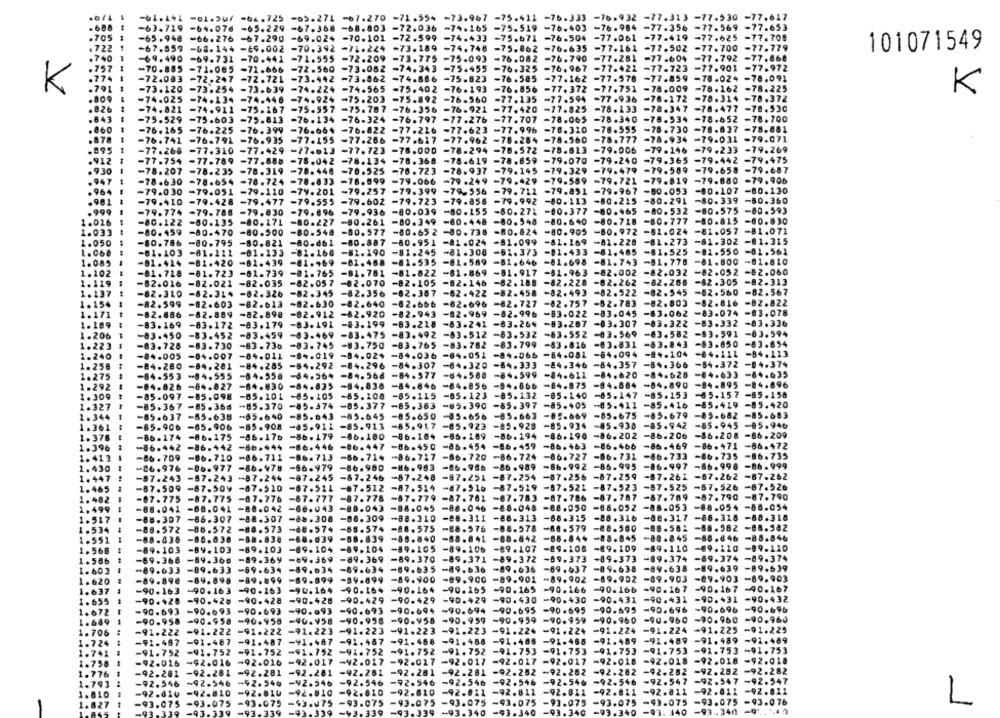
-01.207 -66,725 -65.271 -67.270 -71.554 -73.967 -75.411 -76.333 -76.932 -77.313 -77.530 -77.617
688
-63.719 -64.076 -65.229
63.71
-67.368 -68.803 -72.036 -74.165 -75.519 -76.403
-76.984 -77.356 -77.569 -77.653
.705
-70.101 -72.599
-77.061 -77.419
-77.708
=66.276 -67.290
=69.024
-74.433
-75.671 -76.504
-77.625
1722
-67.859 -68.144 -69.002
-70.392
-73.189
-74.748 -75.862 -76.635
-77.161 -77.502
-77.700
-77.779
101071549
740
-69.731 -70.441
=77.281 -77.604
-77.792 -77.860
.757
-70.885
-71.085 -71.666
-72.560
-73.082 -74.343
-75.455 -76.325 -76.967 -77.421 -77.723 -77.901
-77.972
-72.083
-72.247 -72.721
-73.442 -73.862
-74.886 -75.623
-76.585 -77.162
-77.578
-77.859
-78.024
-78.091
79
-78.225
K
-73.120
-73.254
-73.639
-74.224 -74.565
-75.402 -76.193
-76.856 -77.372
-77.751 -78.009
-78.162
K
-74.025
-74.134 -74.446
-74.924 -75.203
-75.892 -76-560
-77.135 -77.594
-77.936
-76.172
-70.314 -78.372
-74.821
-74.911
-75.557 -75.707
-76.921 -77.420
-77.825
-78.133
-78.347
-78.477
-70.530
-75.167
-76.356
.843
-75.529
-75.603
-75.813
-76.134 -76-324
-76.797
-77.276 -77.707 -78.065
-78.340 -76.534
-78.652
-78.700
.860
-76.165
-76.225
-76.399
-76.664 -76.822
-77.216
-77.623 -77.996 -78.310
-78.555
-78.730 -76-637
-78.881
-79.071
.878
-76.741
-76.791
-76.935
-77.155 -77.266
-77.627
-77.962 -78.284 -78.560
-78.777
-78.934
-79-031
-77.266 -77.310 -77.429 -77.613
-77.723
-78.000
-78-294 -76.572 -78.613
-79.006
=79.146 -79.233
-79.269
.912
-77.754
-77.789 -77.888
-78.042 -78.134
-78.368
-78.619
-78.859
-79.070
-79-240
-79.365
-79.442
-79.475
.930
-78.207
-78.235
-78.319
-78.446
-76.525
-78.723
-78.937
-79.145
-79.329
-79.479
-79.599
-79.658 -79.687
947
-78.833
-76.999
=79.066
-79.429 -79.589
-79.721
-79.819
=79.880
-79.906
-78.630
-78.654
-78.724
=79 .249
. 964
-79.030
-79.051 -79.110
-74.201
~79.257
=79.399
-79-556 -79. 712 -79.851
-79.967
-60.053
-80.107
-80.130
.901
-79.410
-79.428
-79.477
-79.555
-79.602
-79.723
=79.858
-79.992 -80.113
-80.215
-80.291
-80.339
-80.360
-80.575
-80.593
.999
-79.774
-79.786
=79.830
-79.896
-79.936
-80.039
-80.155 -80.271 -80.377
-80.465
-80.532
1.026
-80.135
-80.227
-60.261
-80.349
-80.448
-80.548
-80.640
-80.718
-80.777
-80.815
-80.830
-81.057
-81.071
1.033
-80.459
-80.470
.500
-80.577
-80.65 2
-80.738 -80.824
-80.905
-80.972 -81.024
1.050
-80.786
-80.795
.db 1
-80.887
-60.951
-60.951
-81 .024
-81.099
-81.169
+81.228
-81.273
-81.302
-81.315
1. 068
-81.103 -81.121 -81.133 -82.168 -82.190
-81.111
-B1.133
-82.190
-81-245
-81-245
-81.300
-61.373
-01.433
-61.485
-81.525
-81.561
1.085
-81.424
-01.424
-61.420
469
-81.468
-81.535
-81.535
-81.589
-81.646
-81.698
-81.743
-81.778
-81.800
-81.810
1.102
-81.718 -81.723 -81.739
-81.765 -61.781
-81-622
-61.869 -81.917
-81.963
-82.002 -82.032
-82.052
-82.060
1.119
-82.016
-82.021 -82.035
-82.057
-82.070
-82.105
-82.146
-82.288
-82.225
-82.262
-82.305
-82.313
1.137
-82.310
-82.314 -82.326
-82.345
-82.356
-82.387
-62.422
-82.458
-82.493
-82.522
-82.545
-82.560
-82.567
-82.803
-82.816
-82.822
1.154
-82.599
-82.603
-82.613
-82.630
-82.640
-82.656
-82.696
-82.727
-82.757 -52.783
1.171
-82.886
-82.859 -82.898
-82.912
-62.920
-82.943
-82.969
-82.996
-83.022
-83.045
-83.062
-83.078
1.189
-83-199
-83.218
-63-241
-83.264
-83.287
-83.307
-83.322
-83.332
-83.326
-83. 169
-83.172
-83.179
-83.191
1.206
-83.450
-83.452
-83.459
-03-469
-83.475
-83.492
⑉83.512 -63.532
-83.552
-03.569 -63.582
-83.591
-83.594
1.223
-83.728
-83.730
-83.736
-83.745
-83.750
-83.765
-83.782
-83.799
-83.816
-83.831
-63.843
-83.850
-83.654
-54.113
1.240
-84.005
-84.007
-84.011
-84.019
-84.029
-84.036
-84.051 -84.066
-84.081
-64.094 -84.104
-84.111
1.258
-84.280
-84.281
-84.285
-84.292
-84.296
-84.296
-84.307
-84.307
-84.320 -84.333
-84.346
-84.357 -84.366
-84.372
-84.374
-64.958
-64.956
-84.568
-84.568
-84.577
-84.577
84.580 -84.599
-84.611
-84.620
-84.628
⑉84.633 -84.635
1.275
-64-553 -84.555
-84-553
-84.555
-84.826 -84.827
-84.826
-64.827
-84.830 -84.835
-84.836
-64.836
-84.846
84.856 -84.866 -84.875
-84.884
-84.890
-84.895
-84.896
-85.097
-85.097 -85.098
-85.098
-05.101
-65.105
-65.208
-65.108
-65.115
-65.115
-85.123
-85.132
-85.140
-65.147
-85.153
-65.157 -85.158
.309
-85.367 -85.366
85.367 -85.366
-85.370
-85.374
-85.377
-85.377
-85.383
-85.363
-05.390
-85.397
-85.405
-85.411
-85.416
85.419 -85.420
1.34
-85.637 -85.638
85.637
+85.640
-85.643
-85.645
-85.650
-85.650
.656
-85.663
85.669
-85.679
-85.682 -85-683
-85.917
15-945
A5 .94
-65.906
-65.906
-85.908
-65.911
-65.913
-86.175
-86.176
-86.179
-86.180
-86-164
202
209
-86.442
-86.444 -86.446
-86.447
-86.450
466
1.396
1.413
-86.710
-86.711
-86.713
-86.714
-86.717
720
731
-96.977 -86.478 -66.979
-86.980
-86. 963
966
2. 430
1.447
-97.243
-87.243
+87.244
-87.245
-67.246 -87-248
251
1.465
-87.509
-67.509
-67.510
-67.511
-#7.512
-87.514
7.515
87.5
-07.779
1.482
-07.775
-87.775
-87.776
-67.777
-87.778
1.499
-88.041 -88.041
-88.042
-66.043
-8.043
-88.045
88.052 -88.053
-68.0
-88.307 -86.307 -88.307
-88.308
-86. 309
-88.310
-e8.311 -86.313
-88.315
88.316 -88.317 -88.3
318 -88.318
1.517
8.310
1.534
.572
-88. 573
-8.574
-86.574
-88.575
8. 575
-88.578
-60 . 579
88.560 -99.581
-88.5
1.551
-88.038 -88.038
-88. 839
=80.840
8.840
88.842
88.845 -88.845 -86.6
846 -88.846
1.568
-89.103
-89.103
-69.103
-89.104
-89-104
.105
-89.106
-89. 107
89.108
89.109 -89.110
-89.1
110
-89.110
1.566
-69.368
-89.366
-89.369
=89.369
-89.369
9.370
-89.
71
-89.372
-89.37
89.373
-89.374
-69.3
374 -89-374
89.638
-89.638
-89.4
639 -89.639
1. 603
1.620
69.902
-09.903
903 -89.903
90.166 -90.167
-90.1
167
-40.167
1.637
-90 .
1.655
429
-90.4
-90.
431 -90.432
0.695
696
-90.696
0. 960
-90.960
225
-91.225
1.758
1.776
L